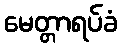
မေတ္တာရပ်ခံ